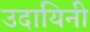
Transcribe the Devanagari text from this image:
उदायिनी